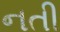
નતી